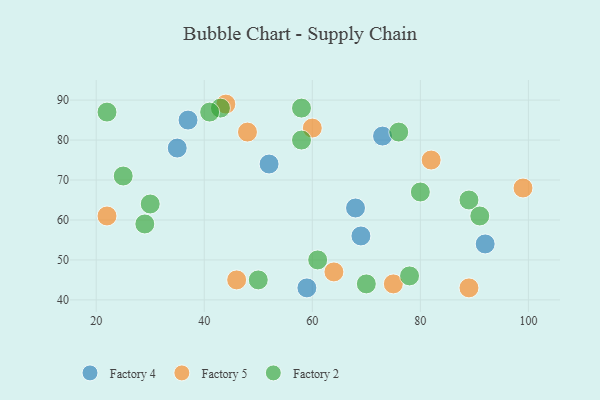
{"axis": {"x": "GDP", "y": "Life Expectancy"}, "legend": ["Factory 2", "Factory 4", "Factory 5"], "data": [{"x": "59", "y": 43, "type": "Factory 4"}, {"x": "69", "y": 56, "type": "Factory 4"}, {"x": "73", "y": 81, "type": "Factory 4"}, {"x": "68", "y": 63, "type": "Factory 4"}, {"x": "52", "y": 74, "type": "Factory 4"}, {"x": "92", "y": 54, "type": "Factory 4"}, {"x": "37", "y": 85, "type": "Factory 4"}, {"x": "35", "y": 78, "type": "Factory 4"}, {"x": "44", "y": 89, "type": "Factory 5"}, {"x": "22", "y": 61, "type": "Factory 5"}, {"x": "82", "y": 75, "type": "Factory 5"}, {"x": "64", "y": 47, "type": "Factory 5"}, {"x": "99", "y": 68, "type": "Factory 5"}, {"x": "48", "y": 82, "type": "Factory 5"}, {"x": "46", "y": 45, "type": "Factory 5"}, {"x": "60", "y": 83, "type": "Factory 5"}, {"x": "75", "y": 44, "type": "Factory 5"}, {"x": "89", "y": 43, "type": "Factory 5"}, {"x": "25", "y": 71, "type": "Factory 2"}, {"x": "22", "y": 87, "type": "Factory 2"}, {"x": "61", "y": 50, "type": "Factory 2"}, {"x": "89", "y": 65, "type": "Factory 2"}, {"x": "58", "y": 80, "type": "Factory 2"}, {"x": "29", "y": 59, "type": "Factory 2"}, {"x": "58", "y": 88, "type": "Factory 2"}, {"x": "30", "y": 64, "type": "Factory 2"}, {"x": "43", "y": 88, "type": "Factory 2"}, {"x": "41", "y": 87, "type": "Factory 2"}, {"x": "76", "y": 82, "type": "Factory 2"}, {"x": "78", "y": 46, "type": "Factory 2"}, {"x": "70", "y": 44, "type": "Factory 2"}, {"x": "80", "y": 67, "type": "Factory 2"}, {"x": "50", "y": 45, "type": "Factory 2"}, {"x": "91", "y": 61, "type": "Factory 2"}]}